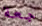
جعة